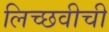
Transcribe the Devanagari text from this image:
लिच्छवीची